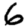
Digit: 6